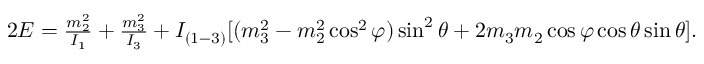
\begin{array} { r } { 2 E = \frac { m _ { 2 } ^ { 2 } } { I _ { 1 } } + \frac { m _ { 3 } ^ { 2 } } { I _ { 3 } } + I _ { ( 1 - 3 ) } [ ( m _ { 3 } ^ { 2 } - m _ { 2 } ^ { 2 } \cos ^ { 2 } \varphi ) \sin ^ { 2 } \theta + 2 m _ { 3 } m _ { 2 } \cos \varphi \cos \theta \sin \theta ] . } \end{array}